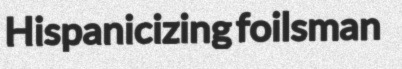
Hispanicizing foilsman